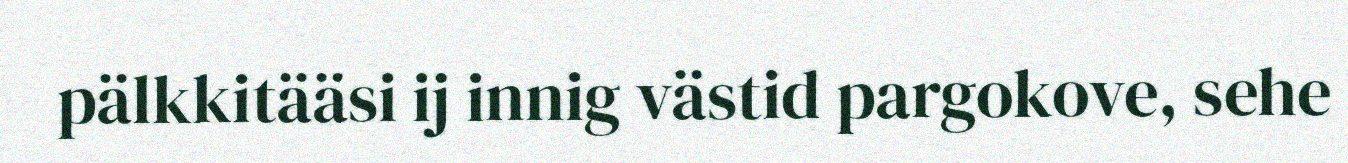
pälkkitääsi ij innig västid pargokove, sehe